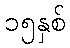
၁၅နှစ်